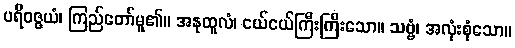
ပရိဝဇ္ဇယံ၊ ကြည်တော်မူ၏။ အနုထူလံ၊ ငယ်ငယ်ကြီးကြီးသော။ သဗ္ဗံ၊ အလုံးစုံသော။